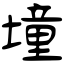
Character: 墥